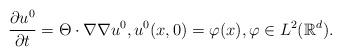
LaTeX: \begin{align*}\frac{\partial u^{0}}{\partial t} = \Theta \cdot \nabla \nabla u^{0}, u^{0}(x,0) = \varphi(x), \varphi \in L^2(\mathbb R^d).\end{align*}